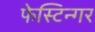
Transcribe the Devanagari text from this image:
फेस्टिन्गर